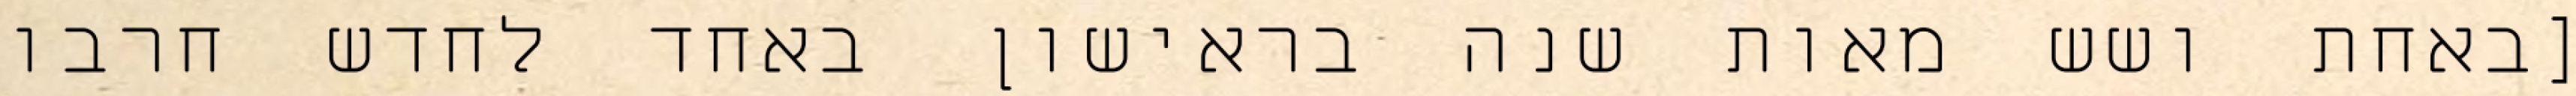
[באחת ושש מאות שנה בראישון באחד לחדש חרבו